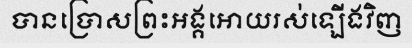
បានប្រោសព្រះអង្គអោយរស់ឡើងវិញ